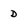
Character: D